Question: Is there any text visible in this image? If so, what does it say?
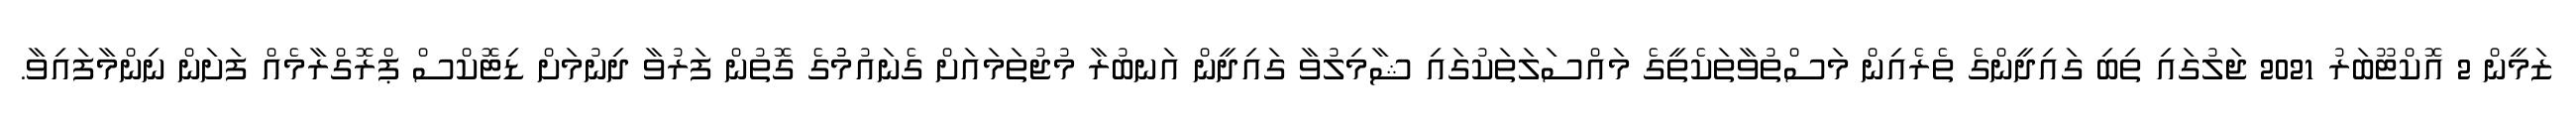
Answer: ޒަމީން 2 އޮކްޓޫބަރު 2021 ޖަލުގައި ތިބި ގައިދީންގެ ތެރެއިން މަސްތުވާތަކެތީގެ މައްސަލަތަކުގައި ޝާމިލުވާ ގައިދީން އަނބުރާ މުޖުތަމައަށް ގެނައުމުުގެ ގޮތުން ފަރުވާ ދިނުމަށް ޑިޓޮކްސް ޕްރޮގްރާމެއް ފަށަން ނިންމާފައިވާ.